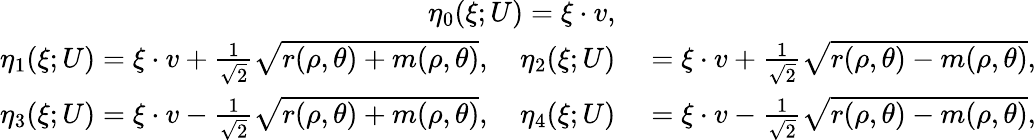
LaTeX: \begin{array}{rl}{\eta_{0}(\xi;U)=\xi\cdot v,}&{{}}\\ {\eta_{1}(\xi;U)=\xi\cdot v+\frac{1}{\sqrt{2}}\sqrt{r(\rho,\theta)+m(\rho,\theta)},\quad\eta_{2}(\xi;U)}&{{}=\xi\cdot v+\frac{1}{\sqrt{2}}\sqrt{r(\rho,\theta)-m(\rho,\theta)},}\\ {\eta_{3}(\xi;U)=\xi\cdot v-\frac{1}{\sqrt{2}}\sqrt{r(\rho,\theta)+m(\rho,\theta)},\quad\eta_{4}(\xi;U)}&{{}=\xi\cdot v-\frac{1}{\sqrt{2}}\sqrt{r(\rho,\theta)-m(\rho,\theta)},}\end{array}